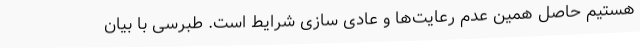
هستیم حاصل همین عدم رعایت‌ها و عادی سازی شرایط است. طبرسی با بیان